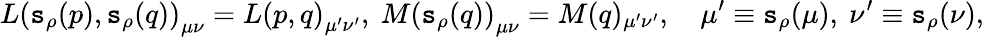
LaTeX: L\left(\mathtt{s}_{\rho}(p),\mathtt{s}_{\rho}(q)\right)_{\mu\nu}=L\left(p,q\right)_{\mu^{\prime}\nu^{\prime}},\ M\left(\mathtt{s}_{\rho}(q)\right)_{\mu\nu}=M(q)_{\mu^{\prime}\nu^{\prime}},\quad\mu^{\prime}\equiv\mathtt{s}_{\rho}(\mu),\ \nu^{\prime}\equiv\mathtt{s}_{\rho}(\nu),